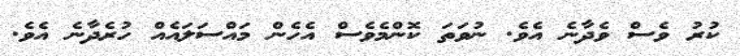
ކުރު ވެސް ވެދާނެ އެވެ. ނުވަތަ ކޮންމެވެސް އެހެން މައްސަލައެއް ހުރެދާނެ އެވެ.